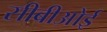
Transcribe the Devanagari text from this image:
सीबीओई